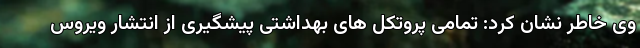
وی خاطر نشان کرد: تمامی پروتکل های بهداشتی پیشگیری از انتشار ویروس